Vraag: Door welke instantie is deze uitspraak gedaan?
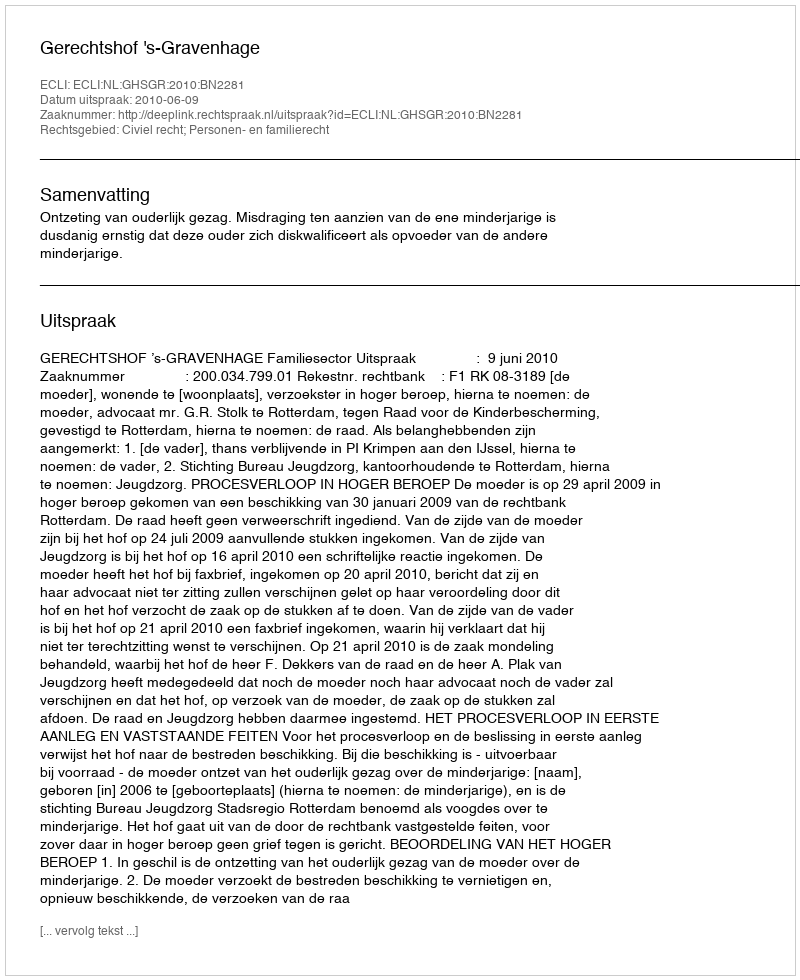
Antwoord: Gerechtshof 's-Gravenhage